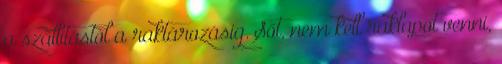
a szállítástól a raktározásig. Sőt, nem kell raklapot venni,